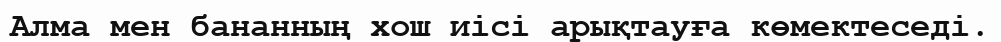
Алма мен бананның хош иісі арықтауға көмектеседі.